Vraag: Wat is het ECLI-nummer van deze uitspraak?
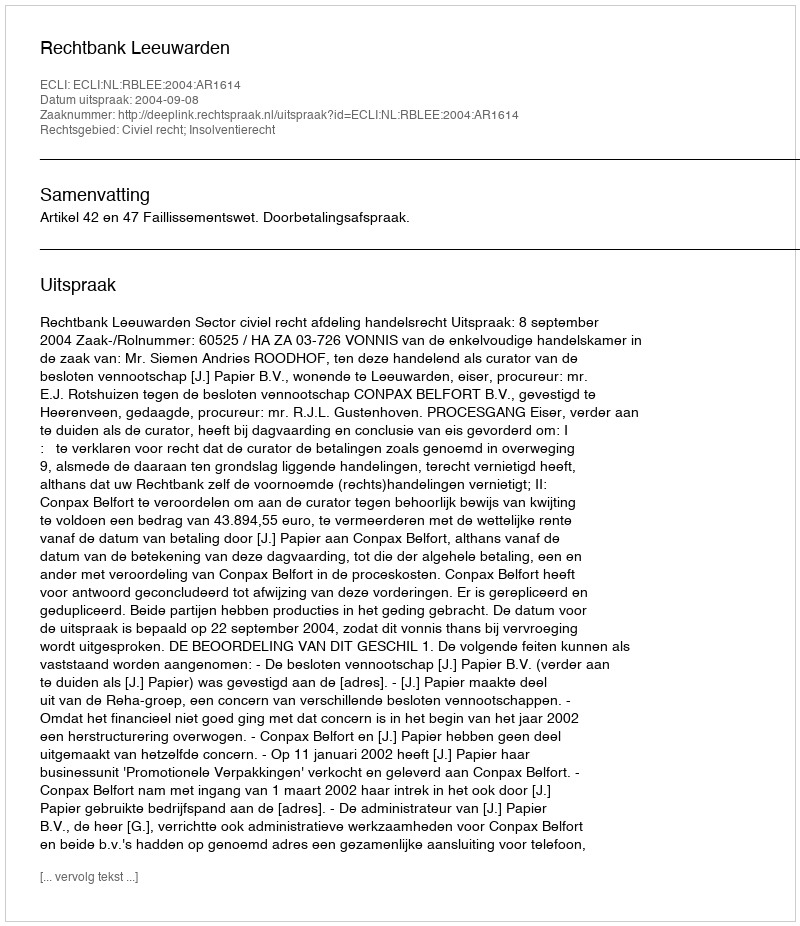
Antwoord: ECLI:NL:RBLEE:2004:AR1614